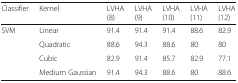
<table><thead><tr><td><b>Classifier</b></td><td><b>Kernel</b></td><td><b>LVHA (8)</b></td><td><b>LVHA (9)</b></td><td><b>LVHA (10)</b></td><td><b>LVHA (11)</b></td><td><b>LVHA (12)</b></td></tr></thead><tbody><tr><td rowspan="4">SVM</td><td>Linear</td><td>91.4</td><td>91.4</td><td>91.4</td><td>88.6</td><td>82.9</td></tr><tr><td>Quadratic</td><td>88.6</td><td>94.3</td><td>88.6</td><td>80</td><td>80</td></tr><tr><td>Cubic</td><td>82.9</td><td>91.4</td><td>85.7</td><td>82.9</td><td>77.1</td></tr><tr><td>Medium Gaussian</td><td>91.4</td><td>94.3</td><td>88.6</td><td>80</td><td>88.6</td></tr></tbody></table>